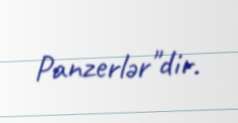
Panzerlər"dir.